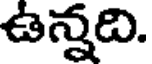
ఉన్నది.